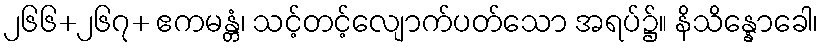
၂၆၆+၂၆၇+ ဧကမန္တံ၊ သင့်တင့်လျောက်ပတ်သော အရပ်၌။ နိသိန္နောခေါ၊